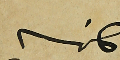
كاتبه